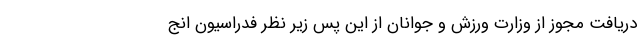
دریافت مجوز از وزارت ورزش و جوانان از این پس زیر نظر فدراسیون انج